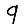
Digit: 9